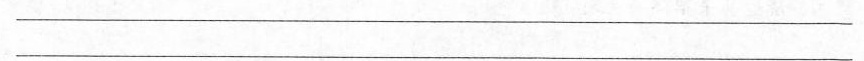
_____________________